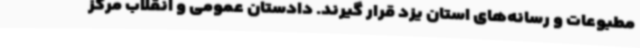
مطبوعات و رسانه‌های استان یزد قرار گیرند. دادستان عمومی و انقلاب مرکز